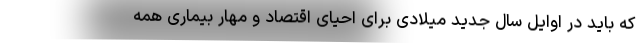
که باید در اوایل سال جدید میلادی برای احیای اقتصاد و مهار بیماری همه